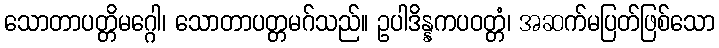
သောတာပတ္တိမဂ္ဂေါ၊ သောတာပတ္တမဂ်သည်။ ဥပါဒိန္နကပဝတ္တံ၊ အဆက်မပြတ်ဖြစ်သော